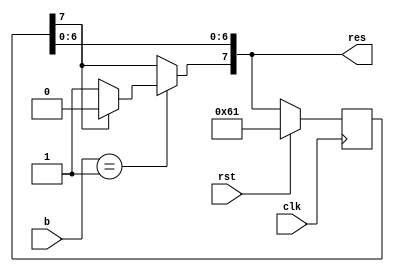
/*
   This file was generated automatically by Alchitry Labs version 1.2.7.
   Do not edit this file directly. Instead edit the original Lucid source.
   This is a temporary file and any changes made to it will be destroyed.
*/

module player_move_8 (
    input [7:0] b,
    input clk,
    input rst,
    output reg [7:0] res
  );
  
  
  
  reg [4:0] x;
  reg [2:0] y;
  
  reg [7:0] player_position;
  
  reg [7:0] player_move;
  
  reg [7:0] new_position;
  
  reg [7:0] M_player_position_dff_d, M_player_position_dff_q = 8'h61;
  
  always @* begin
    M_player_position_dff_d = M_player_position_dff_q;
    
    player_move = b;
    player_position = M_player_position_dff_q;
    new_position = M_player_position_dff_q;
    x = player_position[0+4-:5];
    y = player_position[5+2-:3];
    if (b == 1'h1) begin
      if (y[2+0-:1] == 1'h0) begin
        new_position[7+0-:1] = 1'h1;
      end else begin
        new_position[7+0-:1] = 1'h0;
      end
    end else begin
      new_position[7+0-:1] = M_player_position_dff_q[7+0-:1];
    end
    res = new_position;
    M_player_position_dff_d = new_position;
  end
  
  always @(posedge clk) begin
    if (rst == 1'b1) begin
      M_player_position_dff_q <= 8'h61;
    end else begin
      M_player_position_dff_q <= M_player_position_dff_d;
    end
  end
  
endmodule